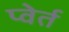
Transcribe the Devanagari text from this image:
प्वेर्त